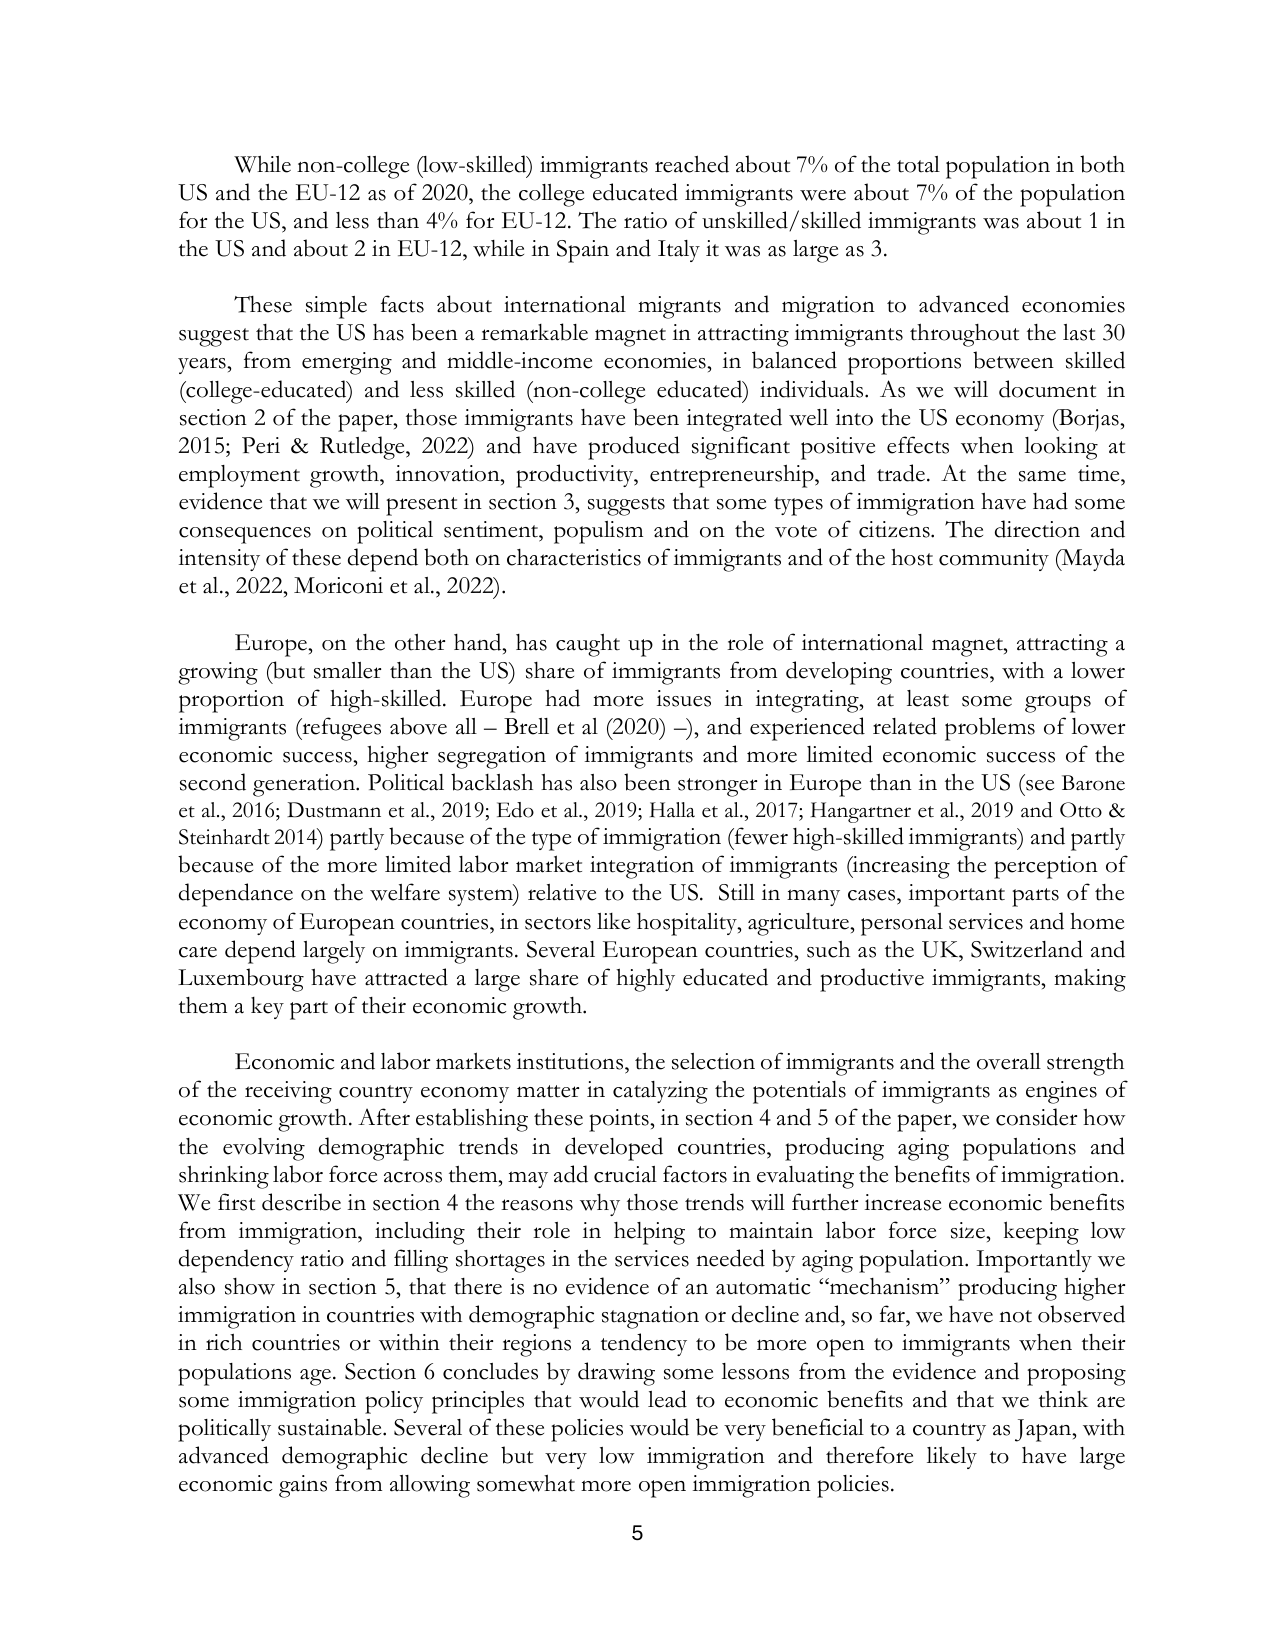
While non-college (low-skilled) immigrants reached about 7% of the total population in both US and the EU-12 as of 2020, the college educated immigrants were about 7% of the population for the US, and less than 4% for EU-12. The ratio of unskilled/skilled immigrants was about 1 in the US and about 2 in EU-12, while in Spain and Italy it was as large as 3.

These simple facts about international migrants and migration to advanced economies suggest that the US has been a remarkable magnet in attracting immigrants throughout the last 30 years, from emerging and middle-income economies, in balanced proportions between skilled (college-educated) and less skilled (non-college educated) individuals. As we will document in section 2 of the paper, those immigrants have been integrated well into the US economy (Borjas, 2015; Peri & Rutledge, 2022) and have produced significant positive effects when looking at employment growth, innovation, productivity, entrepreneurship, and trade. At the same time, evidence that we will present in section 3, suggests that some types of immigration have had some consequences on political sentiment, populism and on the vote of citizens. The direction and intensity of these depend both on characteristics of immigrants and of the host community (Mayda et al., 2022, Moriconi et al., 2022).

Europe, on the other hand, has caught up in the role of international magnet, attracting a growing (but smaller than the US) share of immigrants from developing countries, with a lower proportion of high-skilled. Europe had more issues in integrating, at least some groups of immigrants (refugees above all – Brell et al (2020) –), and experienced related problems of lower economic success, higher segregation of immigrants and more limited economic success of the second generation. Political backlash has also been stronger in Europe than in the US (see Barone et al., 2016; Dustmann et al., 2019; Edo et al., 2019; Halla et al., 2017; Hangartner et al., 2019 and Otto & Steinhardt 2014) partly because of the type of immigration (fewer high-skilled immigrants) and partly because of the more limited labor market integration of immigrants (increasing the perception of dependance on the welfare system) relative to the US. Still in many cases, important parts of the economy of European countries, in sectors like hospitality, agriculture, personal services and home care depend largely on immigrants. Several European countries, such as the UK, Switzerland and Luxembourg have attracted a large share of highly educated and productive immigrants, making them a key part of their economic growth.

Economic and labor markets institutions, the selection of immigrants and the overall strength of the receiving country economy matter in catalyzing the potentials of immigrants as engines of economic growth. After establishing these points, in section 4 and 5 of the paper, we consider how the evolving demographic trends in developed countries, producing aging populations and shrinking labor force across them, may add crucial factors in evaluating the benefits of immigration. We first describe in section 4 the reasons why those trends will further increase economic benefits from immigration, including their role in helping to maintain labor force size, keeping low dependency ratio and filling shortages in the services needed by aging population. Importantly we also show in section 5, that there is no evidence of an automatic “mechanism” producing higher immigration in countries with demographic stagnation or decline and, so far, we have not observed in rich countries or within their regions a tendency to be more open to immigrants when their populations age. Section 6 concludes by drawing some lessons from the evidence and proposing some immigration policy principles that would lead to economic benefits and that we think are politically sustainable. Several of these policies would be very beneficial to a country as Japan, with advanced demographic decline but very low immigration and therefore likely to have large economic gains from allowing somewhat more open immigration policies.

5